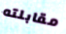
مقابلته